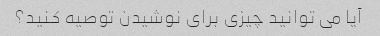
آیا می توانید چیزی برای نوشیدن توصیه کنید؟